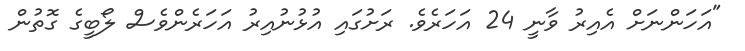
"އަހަންނަށް އެއިރު ވާނީ 24 އަހަރެވެ. ރަށުގައި އުޅުނުއިރު އަހަރެންވެސް ލޯބީގެ ގޮތުން